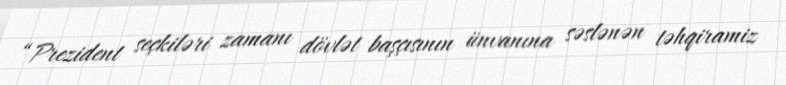
“Prezident seçkiləri zamanı dövlət başçısının ünvanına səslənən təhqiramiz